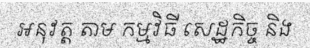
អនុវត្ត តាម កម្មវិធី សេដ្ឋកិច្ច និង